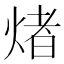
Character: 𤌄